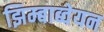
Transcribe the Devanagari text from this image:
झिम्बाब्वेयन